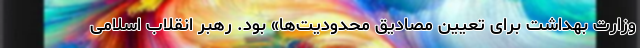
وزارت بهداشت برای تعیین مصادیق محدودیت‌ها» بود. رهبر انقلاب اسلامی